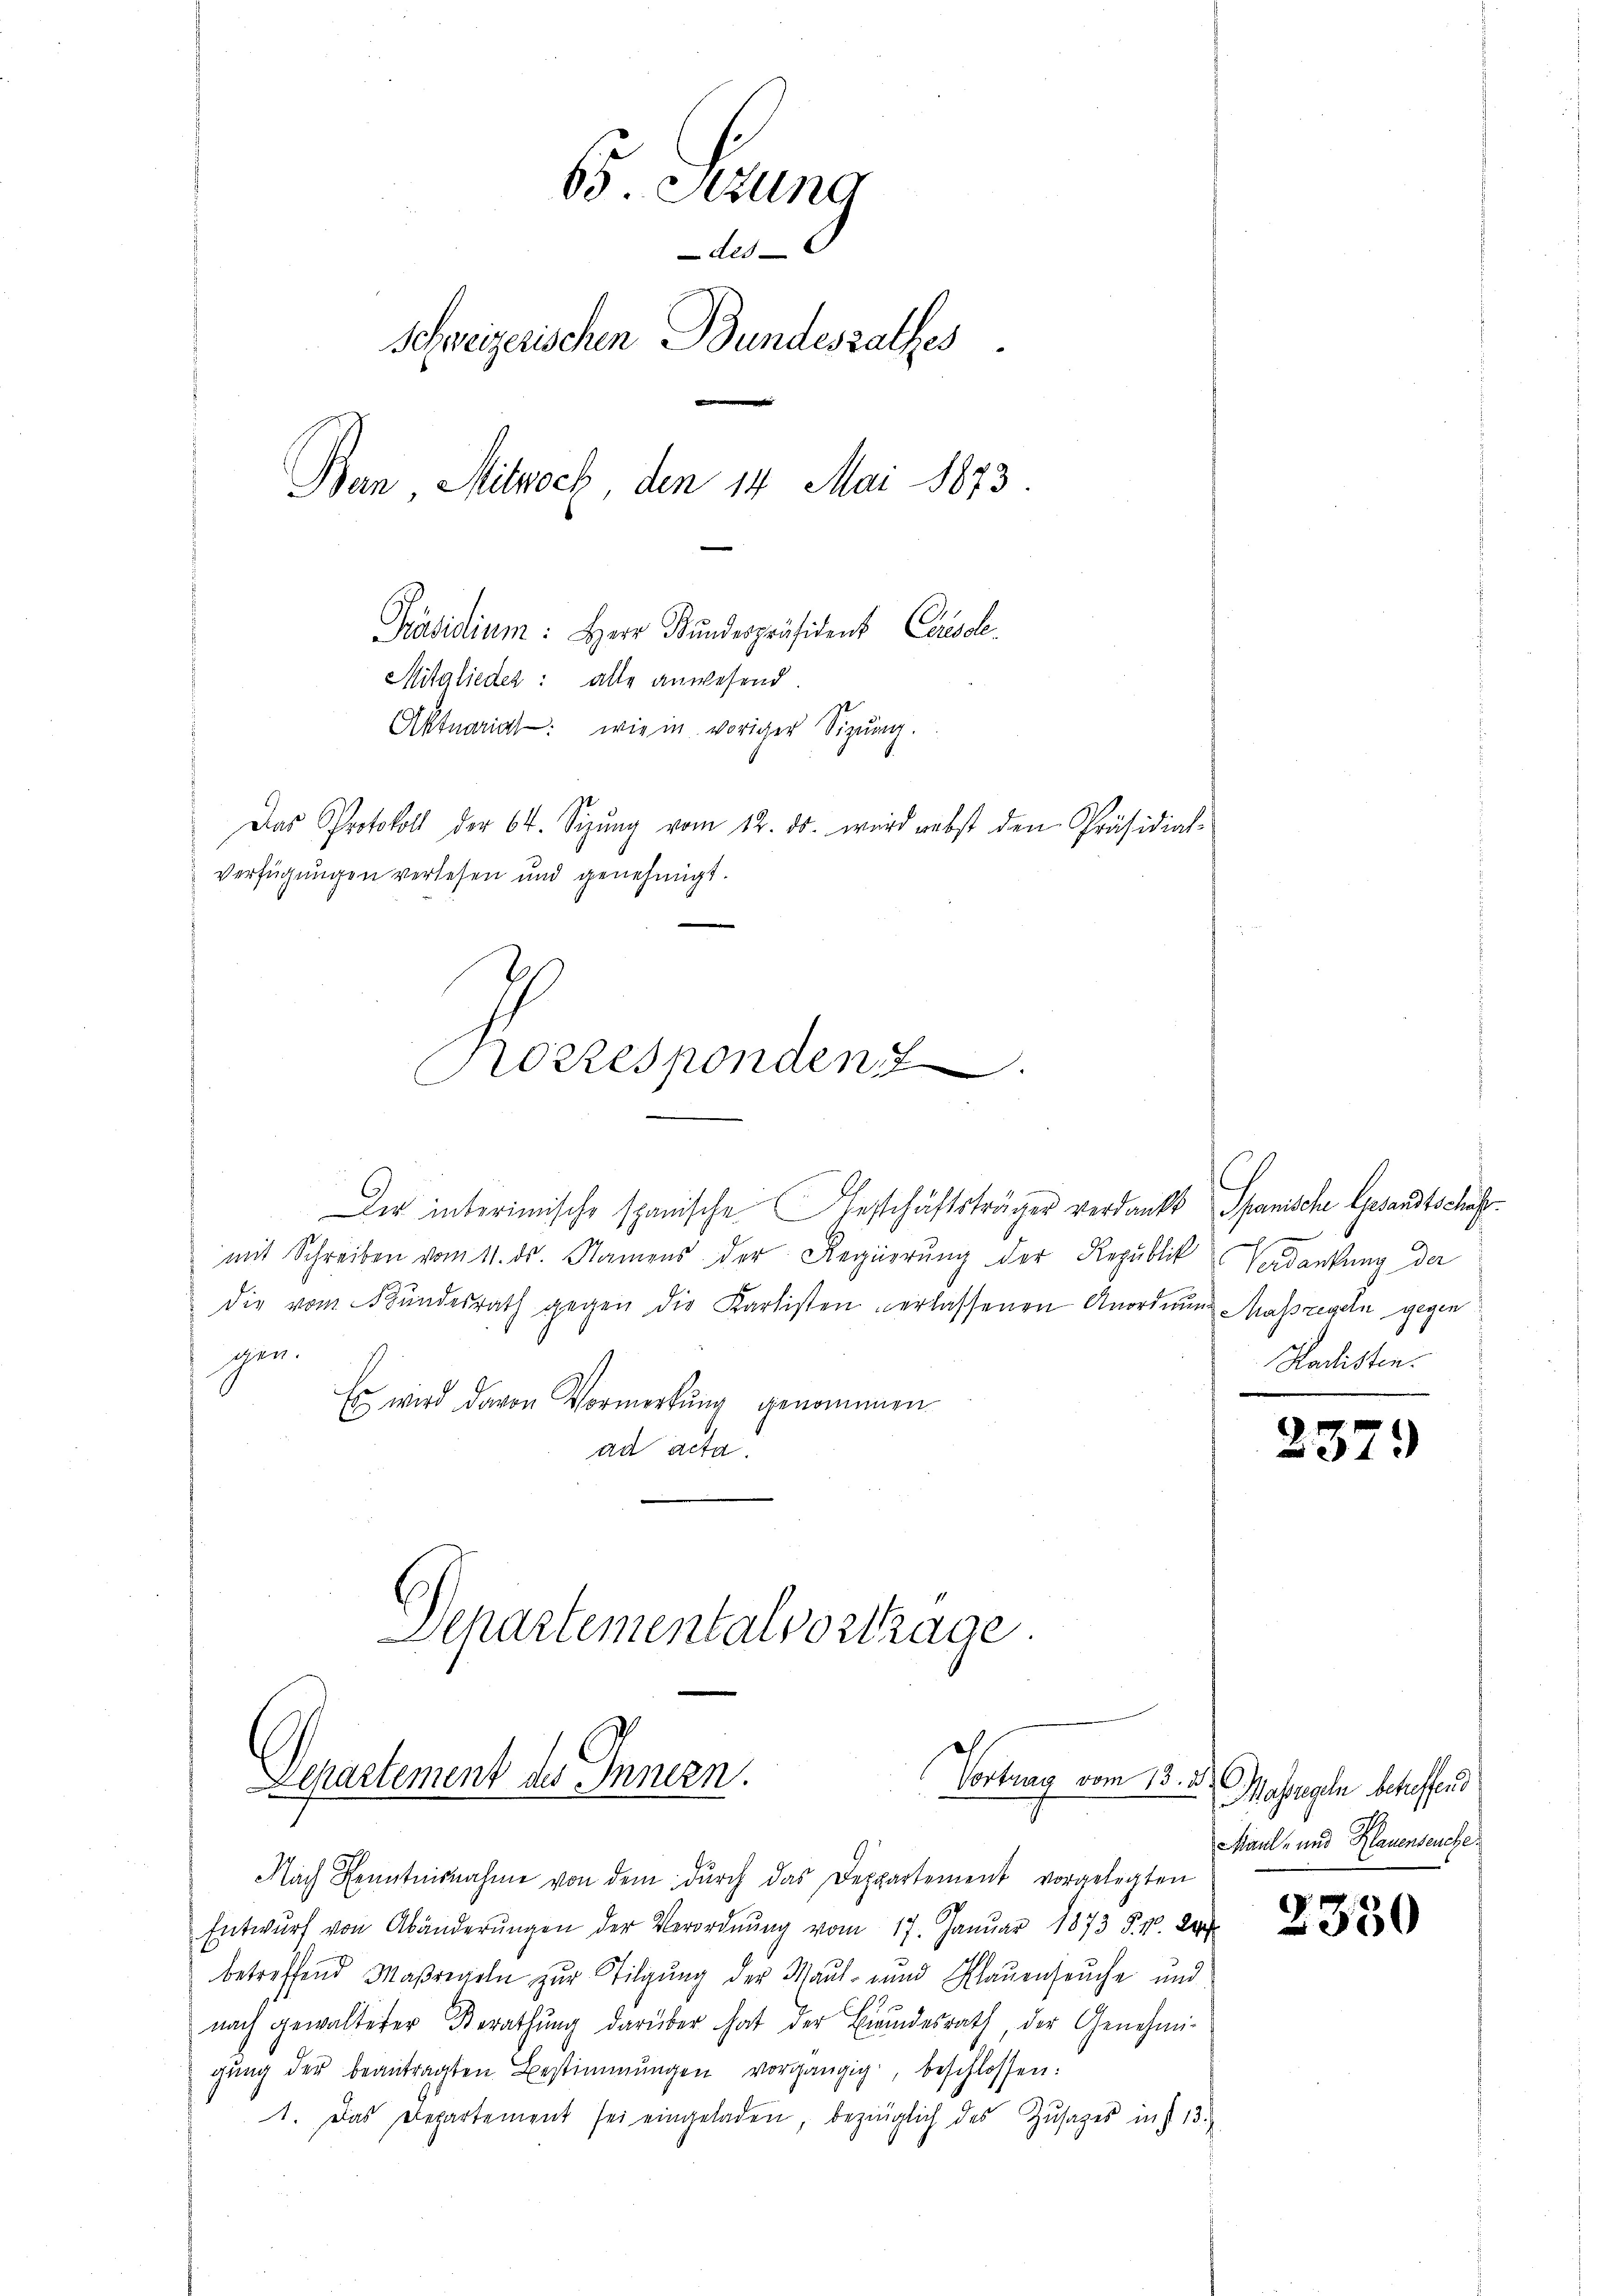
65. Sitzung
des
Schweizerischen Bundesrathes
Ban Mitwoch, den 14. Mai 1873.
Präsidium: Herr Kundespräsident Carisole
Mitglieder: alle anwesend.
Aktuariat: wie in voriger Sizung.
Das Protokoll der 64. Sizŭng vom 12. ds. wird nebst den Präsidial-
Verfügungen verlesen und genehmigt.

Der interimische spanische Festschäftsträger verdankt
mit Schreiben vom 11. ds. Namens der Regierung der Republik
die vom Bŭndesrath gegen die Karlisten erlassenen Anordnung
gen.
Es wird davon Vormerkung genommen
ad acta.
Separtementalvortrage.

Korresponden

Departement des Innern.
Vortrag vom 13. ds.

Nach Kenntnisnahme von dem dŭrch das Deppartement vorgelegten
Entwurf von Abänderŭngen der Verordnung vom 17. Januar 1873 §. 1. 2
betreffend Maßregeln zur Tilgung der Maul- und Plauenseuche und
nach gewalteter Berathŭng darüber hat der Bindesrath, der Genehmi-
gung der beantragten Bestimmungen vorgängig, beschlossen:
1. Das Departement sei eingeladen, bezüglich des Zusages ins 13.

Spanische Gesandtschaf
Verdankung der
Massregeln gegen
Hodisten.

237.

Masregeln betreffend
Maul- und Hauenseuche

2350